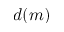
d ( m )